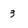
Character: 3